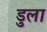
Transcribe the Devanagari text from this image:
डुला